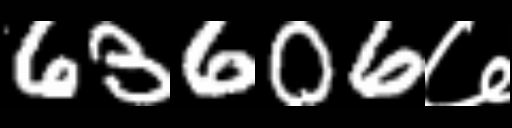
Text: 63606७